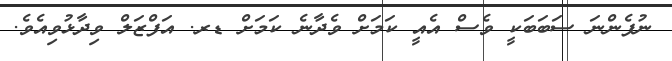
ނުފެންނަ ސަބަބަކީ ވެސް އެއީ ކަމަށް ވެދާނެ ކަމަށް ޑރ. އަފްޒަލް ވިދާޅުވިއެވެ.